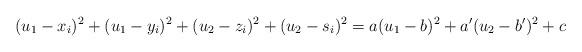
LaTeX: \begin{align*}(u_1-x_{i})^{2} + (u_1-y_{i})^{2} + (u_2-z_{i})^{2} + (u_2-s_{i})^{2} = a(u_1-b)^2 + a'(u_2-b')^2 + c \end{align*}